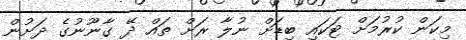
މިކަން ކުރުމަށް ޓަކައި ބިޑަށް ނުލާ ރަށް ތައް ދޭ ގާނޫނުގެ ދަށުން